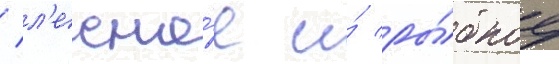
/ л'есно́е и́ ры́бное